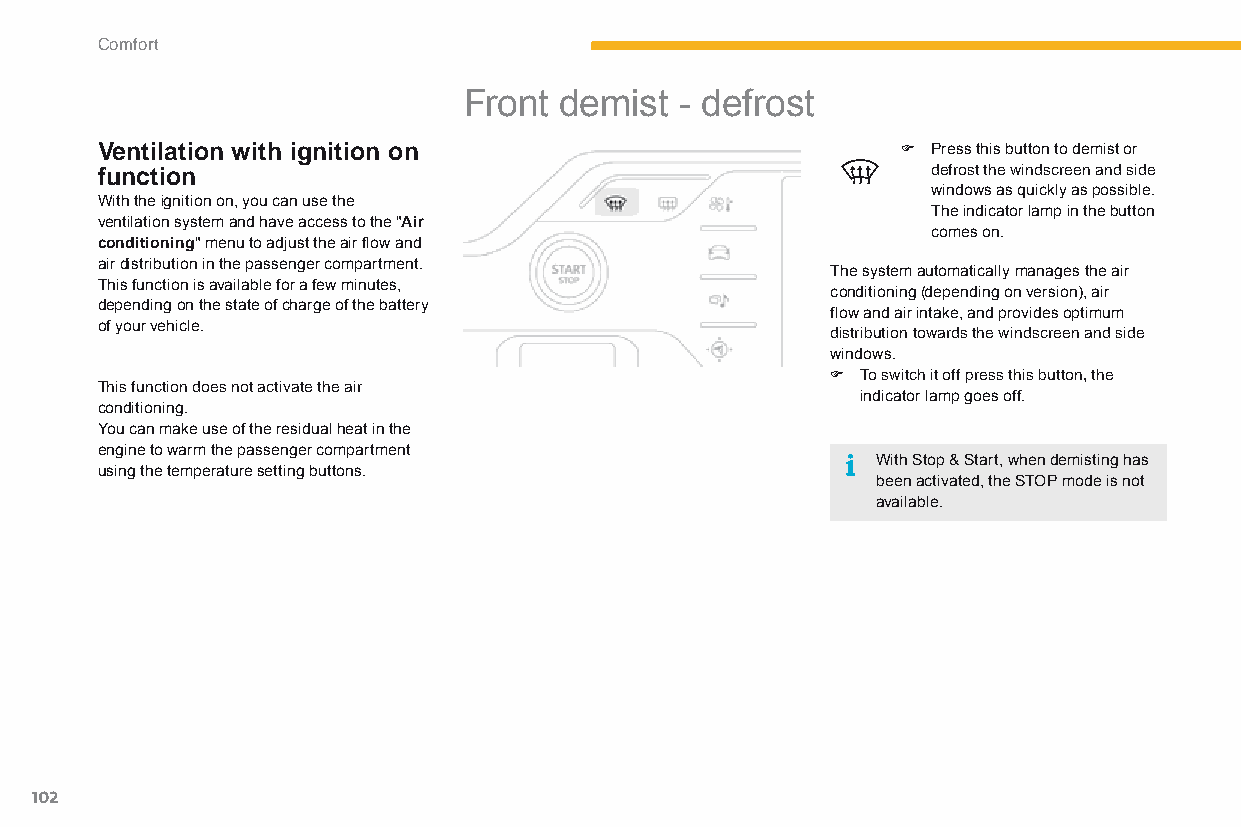
Comfort
 Front demist  - defrost
 Ventilation with ignition on                          F Press this button to demist or
 function                                                defrost the windscreen and side
 windows as quickly as possible.
 With the ignition on, you can use the
 The indicator lamp in the button
 ventilation system and have access to the "Air
 comes on.
 conditioning" menu to adjust the air flow and
 air distribution in the passenger compartment.
 The system automatically manages the air
 This function is available for a few minutes,
 conditioning (depending on version), air
 depending on the state of charge of the battery
 flow and air intake, and provides optimum
 of your vehicle.
 distribution towards the windscreen and side
 windows.
 F To switch it off press this button, the
 This function does not activate the air
 indicator lamp goes off.
 conditioning.
 You can make use of the residual heat in the
 engine to warm the passenger compartment
 With Stop & Start, when demisting has
 using the temperature setting buttons.
 been activated, the STOP mode is not
 available.
 102
 C4-Picasso-II_en_Chap03_confort_ed01-2015